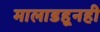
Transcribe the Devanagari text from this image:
मालाडहूनही